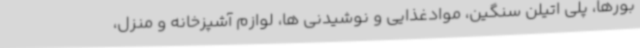
بورها، پلی اتیلن سنگین، موادغذایی و نوشیدنی ها، لوازم آشپزخانه و منزل،